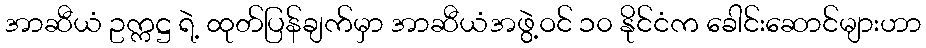
အာဆီယံ ဥက္ကဋ္ဌ ရဲ့ ထုတ်ပြန်ချက်မှာ အာဆီယံအဖွဲ့ဝင် ၁၀ နိုင်ငံက ခေါင်းဆောင်များဟာ